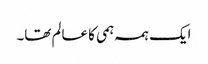
ایک ہمہ ہمی کا عالم تھا۔